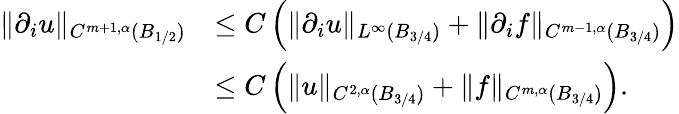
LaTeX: \begin{array}{rl}{\| \partial_{i}u\| _{C^{m+1,\alpha}(B_{1/2})}}&{\le C\left(\| \partial_{i}u\| _{L^{\infty}(B_{3/4})}+\| \partial_{i}f\| _{C^{m-1,\alpha}(B_{3/4})}\right)}\\ &{\le C\left(\| u\| _{C^{2,\alpha}(B_{3/4})}+\| f\| _{C^{m,\alpha}(B_{3/4})}\right).}\end{array}